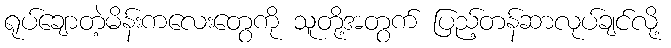
ရုပ်ချောတဲ့မိန်းကလေးတွေကို သူတို့အတွက် ပြည့်တန်ဆာလုပ်ချင်လို့